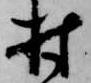
村